Indian journal of veterinary science and animal husbandry - Volume 11,
Year: 1941
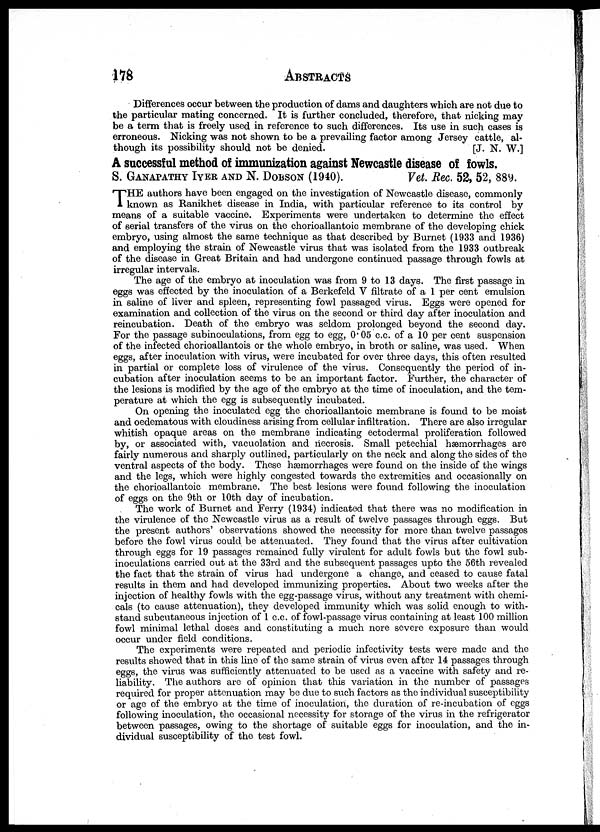
178 ABSTRACTS
Differences occur between the production of dams and daughters which are not due to
the particular mating concerned. It is further concluded, therefore, that nicking may
be a term that is freely used in reference to such differences. Its use in such cases is
erroneous. Nicking was not shown to be a prevailing factor among Jersey cattle, al-
though its possibility should not be denied.
[J. N. W.]
A successful method of immunization against Newcastle disease of fowls.
S. GANAPATHY IYER AND N. DOBSON (1940). Vet. Rec. 52, 52, 889.
T HE authors have been engaged on the investigation of Newcastle disease, commonly
known as Ranikhet disease in India, with particular reference to its control by
means of a suitable vaccine. Experiments were undertaken to determine the effect
of serial transfers of the virus on the chorioallantoic membrane of the developing chick
embryo, using almost the same technique as that described by Burnet (1933 and 1936)
and employing the strain of Newcastle virus that was isolated from the 1933 outbreak
of the disease in Great Britain and had undergone continued passage through fowls at
irregular intervals.
The age of the embryo at inoculation was from 9 to 13 days. The first passage in
eggs was effected by the inoculation of a Berkefeld V filtrate of a 1 per cent emulsion
in saline of liver and spleen, representing fowl passaged virus. Eggs were opened for
examination and collection of the virus on the second or third day after inoculation and
reincubation. Death of the embryo was seldom prolonged beyond the second day.
For the passage subinoculations, from egg to egg, 0.05 c.c. of a 10 per cent suspension
of the infected chorioallantois or the whole embryo, in broth or saline, was used. When
eggs, after inoculation with virus, were incubated for over three days, this often resulted
in partial or complete loss of virulence of the virus. Consequently the period of in-
cubation after inoculation seems to be an important factor. Further, the character of
the lesions is modified by the age of the embryo at the time of inoculation, and the tem-
perature at which the egg is subsequently incubated.
On opening the inoculated egg the chorioallantoic membrane is found to be moist
and oedematous with cloudiness arising from cellular infiltration. There are also irregular
whitish opaque areas on the membrane indicating ectodermal proliferation followed
by, or associated with, vacuolation and necrosis. Small petechial hæmorrhages are
fairly numerous and sharply outlined, particularly on the neck and along the sides of the
ventral aspects of the body. These hæmorrhages were found on the inside of the wings
and the legs, which were highly congested towards the extremities and occasionally on
the chorioallantoic membrane. The best lesions were found following the inoculation
of eggs on the 9th or 10th day of incubation.
The work of Burnet and Ferry (1934) indicated that there was no modification in
the virulence of the Newcastle virus as a result of twelve passages through eggs. But
the present authors' observations showed the necessity for more than twelve passages
before the fowl virus could be attenuated. They found that the virus after cultivation
through eggs for 19 passages remained fully virulent for adult fowls but the fowl sub-
inoculations carried out at the 33rd and the subsequent passages upto the 56th revealed
the fact that the strain of virus had undergone a change, and ceased to cause fatal
results in them and had developed immunizing properties. About two weeks after the
injection of healthy fowls with the egg-passage virus, without any treatment with chemi-
cals (to cause attenuation), they developed immunity which was solid enough to with-
stand subcutaneous injection of 1 c.c. of fowl-passage virus containing at least 100 million
fowl minimal lethal doses and constituting a much nore severe exposure than would
occur under field conditions.
The experiments were repeated and periodic infectivity tests were made and the
results showed that in this line of the same strain of virus even after 14 passages through
eggs, the virus was sufficiently attenuated to be used as a vaccine with safety and re-
liability. The authors are of opinion that this variation in the number of passages
required for proper attenuation may be due to such factors as the individual susceptibility
or age of the embryo at the time of inoculation, the duration of re-incubation of eggs
following inoculation, the occasional necessity for storage of the virus in the refrigerator
between passages, owing to the shortage of suitable eggs for inoculation, and the in-
dividual susceptibility of the test fowl.